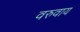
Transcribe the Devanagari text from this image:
वरुवाय